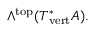
\wedge ^ { \mathrm { t o p } } ( T _ { \mathrm { v e r t } } ^ { * } A ) .